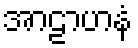
အာဠာဟနံ